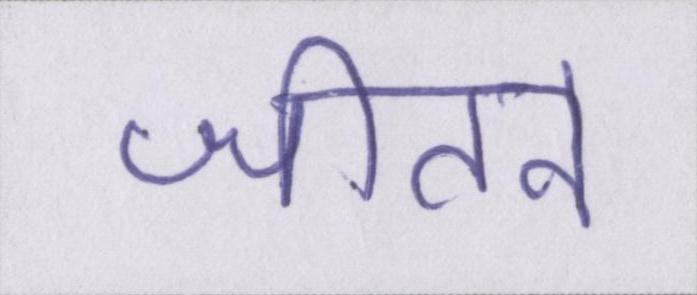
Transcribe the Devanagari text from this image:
जीतने